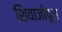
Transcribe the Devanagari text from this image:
शिवाजीपूल